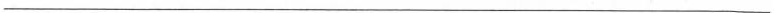
___